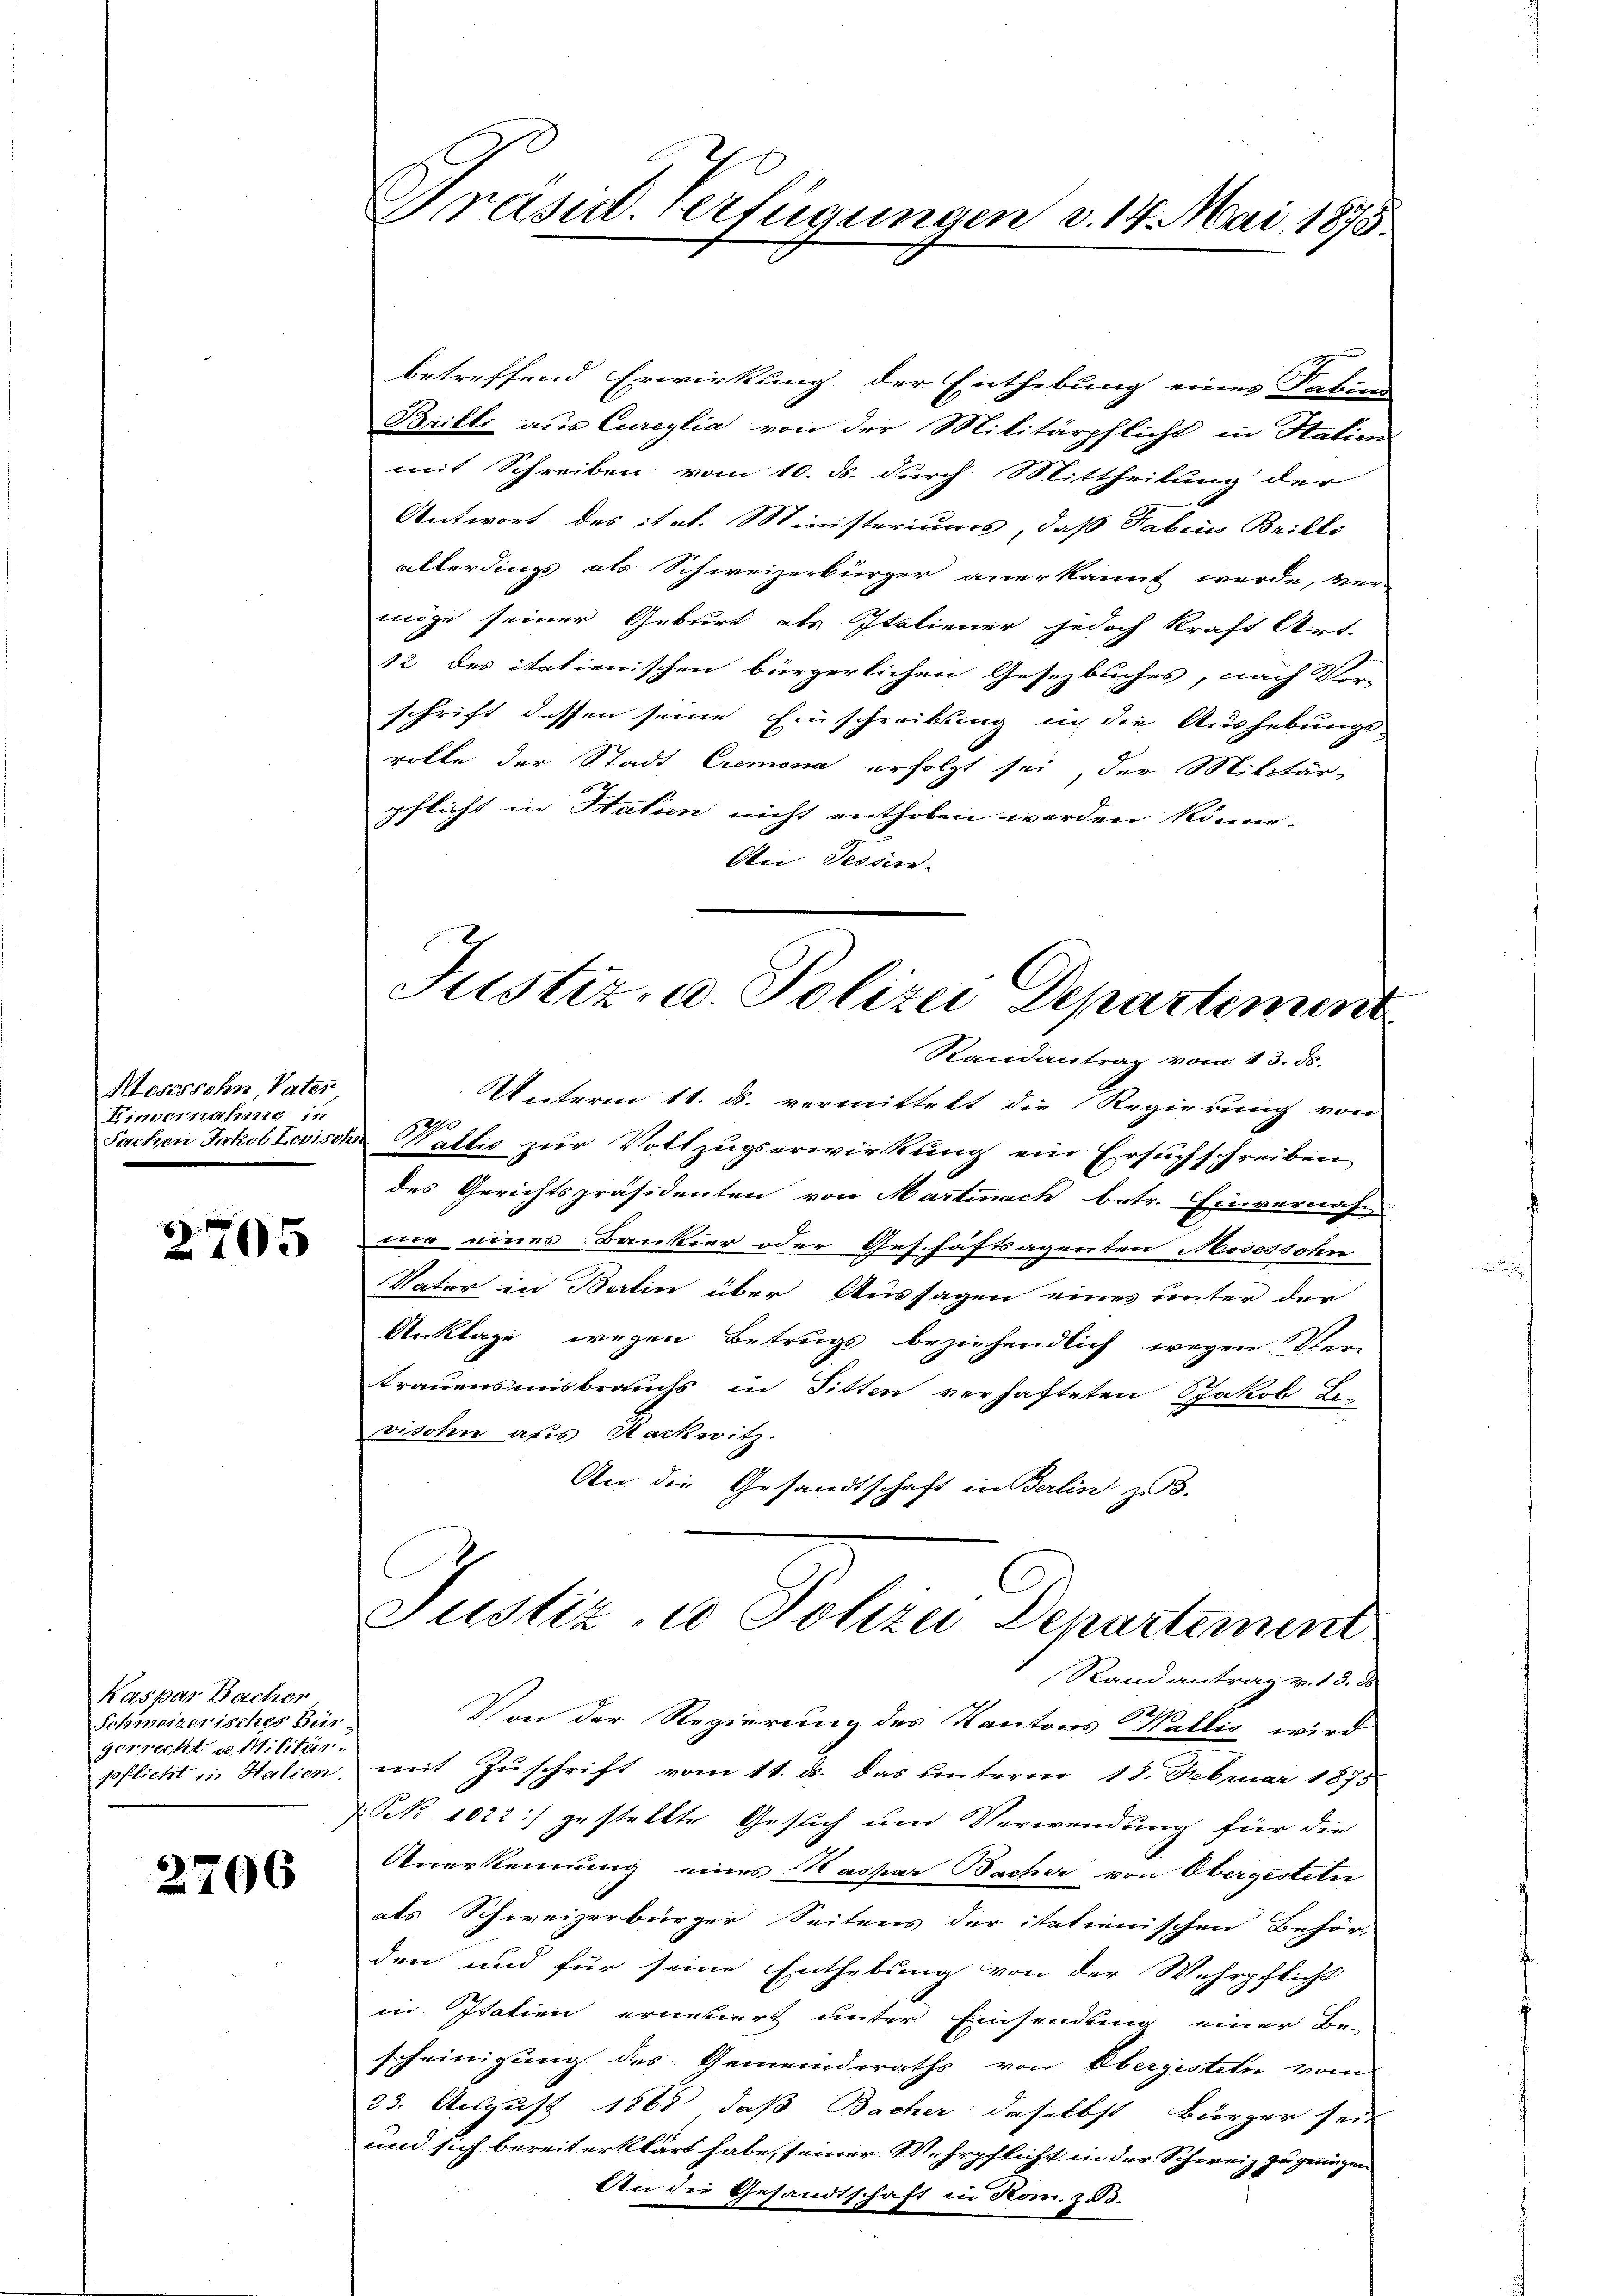
Hosessohn, Vater
Kinnerhing 11.
Sachen Jakob Levischs

2705

Kaspar Bacher
Schweizerisches Bür
gerrecht u. Militär-
pflicht in Halien

2706

Dräsid. Verfügungen v. 14. Mai 1875.

betreffend Erwirkung der Enthebung eines Fabun
Brilli aus Cureylia von der Militärpflicht in Statien
mit Schreiben vom 10. ds. durch Mittheilung der
Antwort des ital. Ministeriums, daß Sabins Brilli
allerdings als Schweizerbürger anerkannt werde, ver-
möge seiner Geburt als Italiener jedoch kraft Art.
12 des italienischen bürgerlichen Gesezbuches, nach Vor-
schrift dessen seine Einschreibung in die Aushebungs-
rolle der Stadt Cremona erfolgt sei, der Militär-
pflicht in Statien nicht enthoben werden könne.
An Tessin.
Justiz- u. Polizei Departement
Randantrag vom 13. ds.
Unterm 11. ds. vermittelt die Regierung von
Valtis zur Vollzugserwirkung ein Ersuchschreiben
des Gerichtspräsidenten von Martinach betr. Einvernahm
ner eines Bankier oder Geschäftsagenten Mosessohn
Vater in Berlin über Aussagen eines unter der
Unklage wegen Betrugs beziehendlich wegen Ver-
trauensmisbrauchs in Sitten verhafteten Jakob Bevisohn aus Nachwitz.
An die Gesandtschaft in Gelin zu.

Justiz, u. Polizei Departement

Randantrag v. 13. ds.
Von der Regierung des Kantons Wallis wird
mit Zuschrift vom 11. ds. das unterm 18. Februar 1875
Pek 1022) gestellte Gesuch um Verwendung für die
Anerkennung eines Kaspar Bacher von Obergestetn
als Schweizerbürger Seitens der itationischen Behör-
den und für seine Enthebung von der Wehrpflicht
in Italien ernatiert unter Einsendung einer Be-
scheinigung des Gemeinderaths von Obergisten vom
23. August 1868, daß Bacher daselbst Bürger sei
und sich bereit erklärt habe, seiner Wehrpflicht in der Schweiz zu genügen
An die Gesandtschaft in Kom. 253.